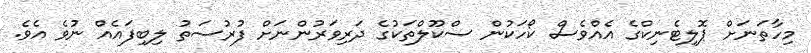
މިހާތަނަށް ޕޮލިޓެނިކްގެ އެއްވެސް ކޯހަކުން ސްކޫލްތަކުގެ ދަރިވަރުންނަށް ފުރުސަތު ލިބިފައެއް ނުވެ އެވެ.